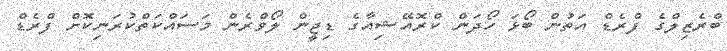
ބްރެޒިލްގެ ފްރެޑް އަތުން ބޯޅަ ހޯދަން ކްރޮއޭޝިއާގެ ޑިޖީން ލޯވްރެން މަސައްކަތްކުރަނިކޮށް ފްރެޑް